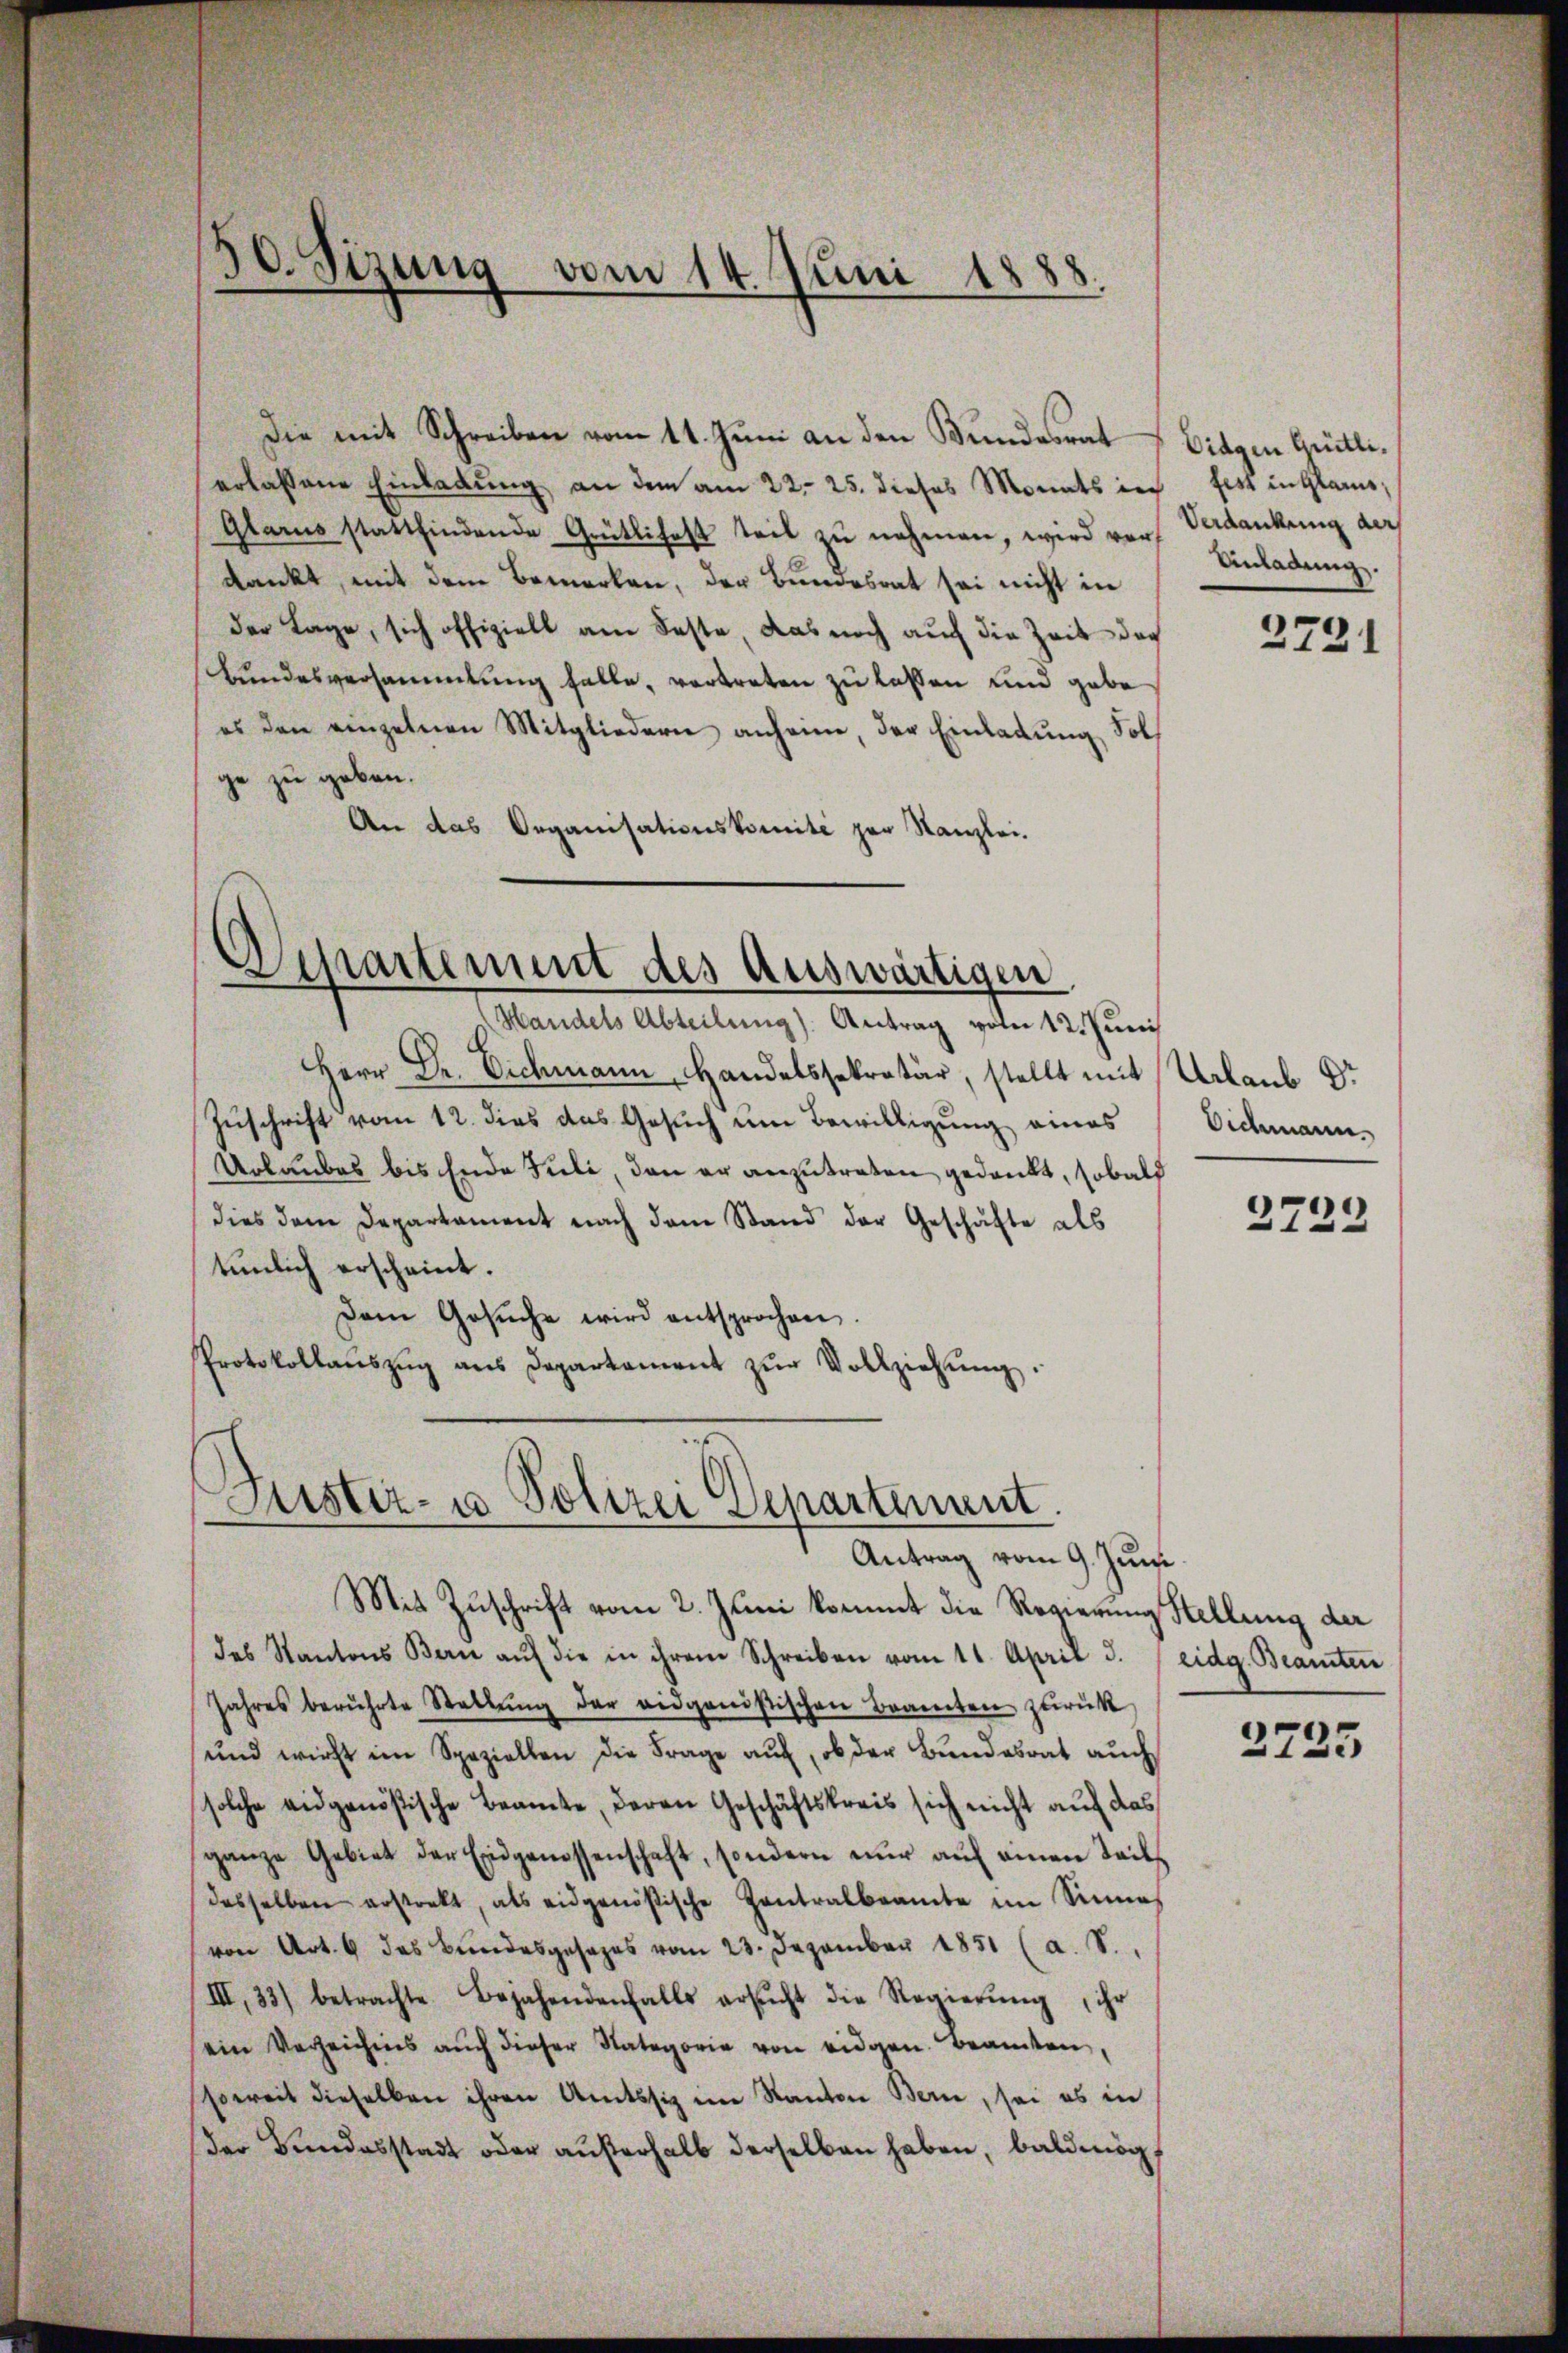
30. Sizung vom 14. Juni 1888.

erlassene Einladung an dem am 22. 25. dieses Monats in fest in Glarus,
Glarus stattfindende Grütlihaft teil zŭ nehmen, wird vor Verdankung der
dankt, mit dem Bemerken, der Bundesrat sei nicht in
der Lage, sich offiziell am Feste, das noch auch die Zeit doch
Bundesversammlung falle, vertreten zu lassen und gabe
es den einzelnen Mitgliedern anheime, der Einladung Solge zu geben.
An das Organisationskomité zur Kanzlei-

Die mit Schreiben vom 11. Juni an den Bundesrat

Epartement des Auswärtigen
Handels Abteilung). Antrag vom 12. Juni

Herr Dr. Eichmann, Handelssekretär, stellt mit Urlaub Dr.
Zuschrift vom 12. dies das Gesuch um Bewilligung eines Videmann-
Urlaubes bis Ende Juli, den er anzutreten gedankt, sobald
dies dem Departament nach dem Stand der Geschäfte als
tunlich erscheint.
Dem Gesŭche wird entsprochen.
Protokollaŭszŭg ans Departament zŭr Vollziehŭng.

Puster- u Polizei Departement.
Antrag vom 9. Juni

Mit Zuschrift vom 2. Juni kommt die Regierung Stellung der
das Kantons Bern aŭf die in ihrem Schreiben vom 11. April d. eidg. Beamten
Jahres berührte Stellŭng der eidgenößischen Branten zurück
und wirst im Speziellen die Frage auf, ob der Bundesrat auch
solche eidgenößische Beamte, deren Geschäftskreis sich nicht auf das
ganze Gebiet der Eidgenossenschaft, sondern nur auf einen Teils
desselben erstrakt, als eidgenößische Zentralbeamte im Sinne
von Art. 4 des Bŭndesgesages vom 23. Dezember 1851 (a. S.
III, 33) betrachte Bejahendenfalls ersŭcht die Regierŭng, ihr
ein Verzeichnis aŭch dieser Nategorie von eidgen. Beamten,
soweit dieselben ihren Amtssiz im Kanton Bern, sei es in
Der Bundesstadt oder aŭβerhalb derselben haben, baldmög

Diagen Gritli.
Anladung.

2721

2729

2735